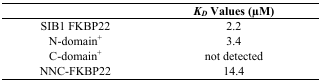
|  | KD Values (μM) |
 | --- | --- |
 | SIB1 FKBP22 | 2.2 |
 | N-domain+ | 3.4 |
 | C-domain+ | not detected |
 | NNC-FKBP22 | 14.4 |